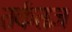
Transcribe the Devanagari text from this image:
तर्कतज्ञ